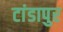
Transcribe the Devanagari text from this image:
टांडापुर